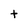
Character: t